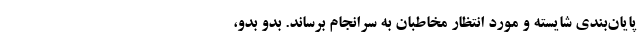
پایان‌بندی شایسته و مورد انتظار مخاطبان به سرانجام برساند. بدو بدو،